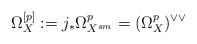
LaTeX: \begin{align*}\Omega_X^{[p]}:=j_*\Omega^p_{X^{sm}}=( \Omega^p_X)^{\vee\vee}\end{align*}